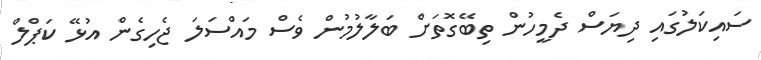
ސައިކަލުގައި ދިޔަސް ދެމީހުން ތިބޭގޮތަށް ބަލާލުމުން ވެސް މައްސަލަ ޖެހިގެން އުޅޭ ކަޕްލް